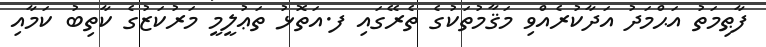
ފާޠިމަތު އަޙްމަދު އަދާކުރެއްވި މަޤާމުތަކުގެ ތެރޭގައި ފ.އަތޮޅު ތަޢުލީމީ މަރުކަޒުގެ ކާތިބު ކަމާއި